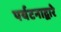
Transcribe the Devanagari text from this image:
पर्यटनाद्वारे